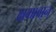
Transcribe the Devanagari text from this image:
क्षमावान्